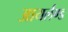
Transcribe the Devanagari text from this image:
आयर्लण्ड